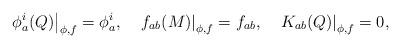
LaTeX: \begin{align*}\left.\phi _a^i(Q)\right|_{\phi ,f}=\phi _a^i,\quad \left.f_{ab}(M)\right|_{\phi ,f}=f_{ab},\left.\quad K_{ab}(Q)\right|_{\phi ,f}=0,\end{align*}